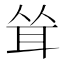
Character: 耸